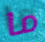
ما